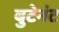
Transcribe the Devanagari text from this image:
बुटेनंट